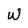
Character: W